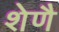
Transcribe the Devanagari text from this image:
शेणै